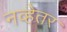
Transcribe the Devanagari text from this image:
नव्हेतर